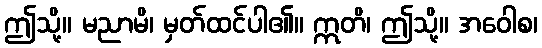
ဤသို့။ မညာမိ၊ မှတ်ထင်ပါ၏။ ဣတိ၊ ဤသို့။ အဝေါစ၊